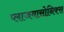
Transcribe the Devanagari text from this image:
प्लाजमासोनिक्स